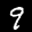
Label: 9